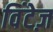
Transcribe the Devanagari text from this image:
विंटेज़